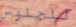
للجلوس